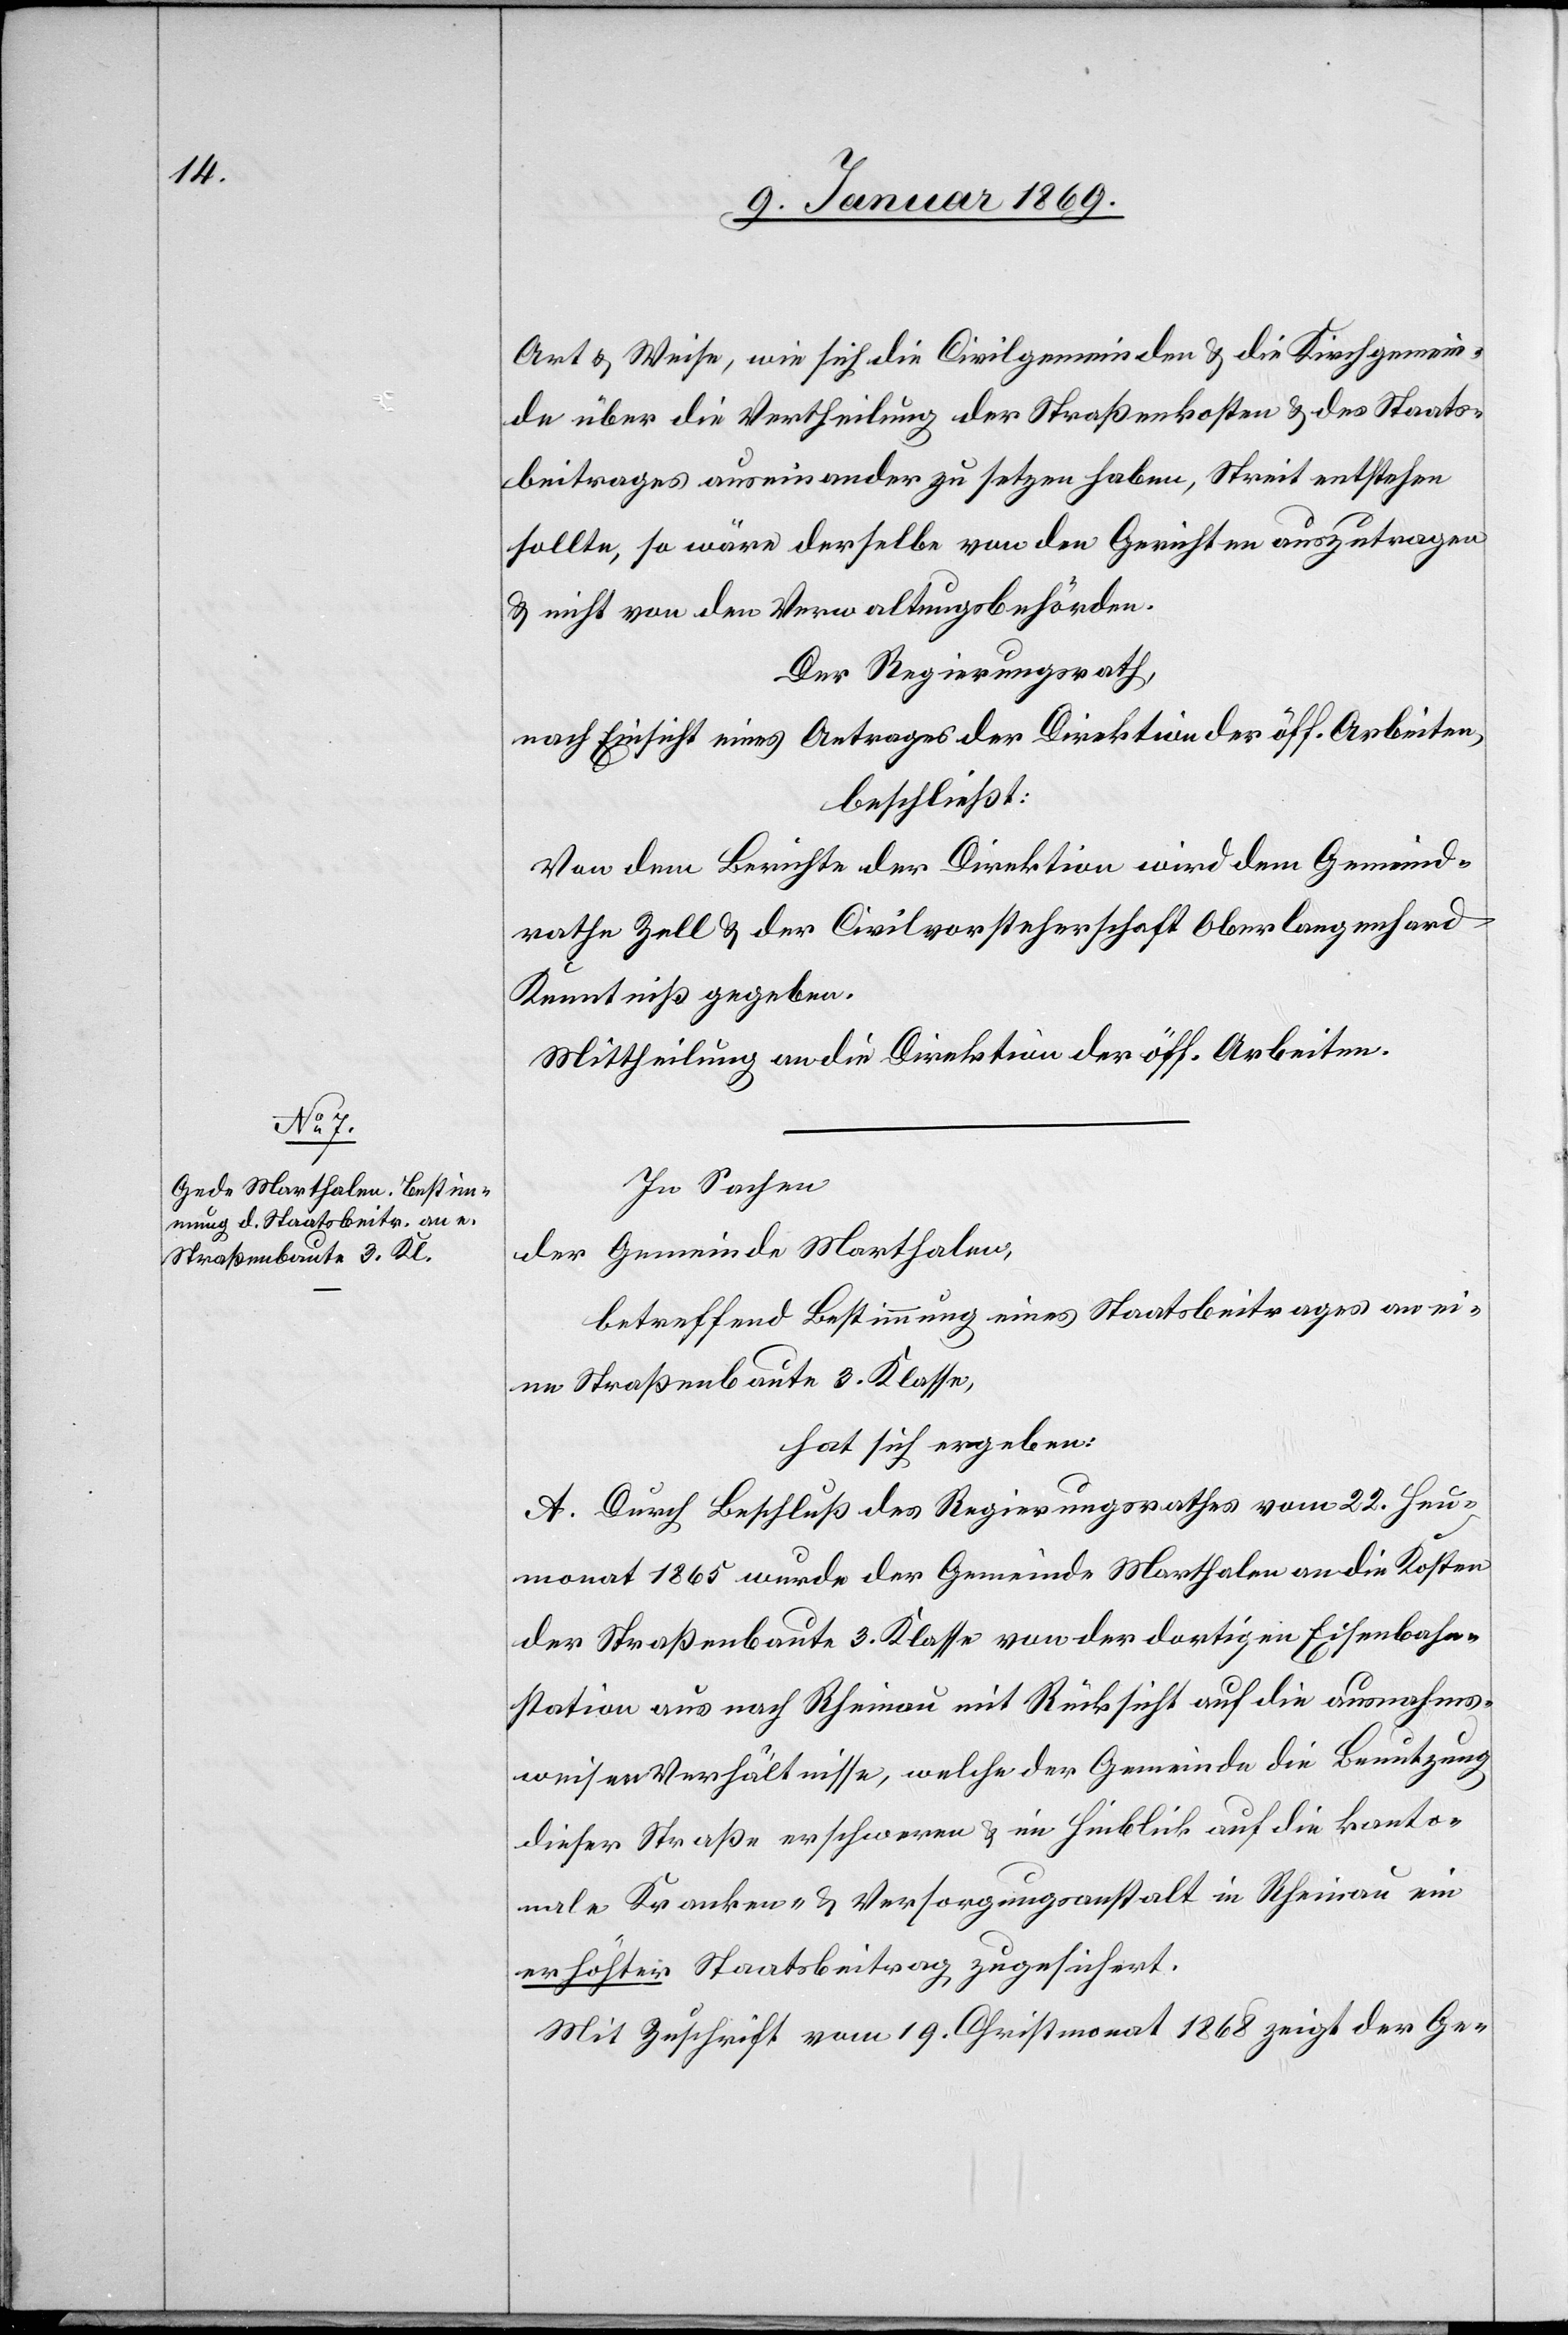
Art & Weise, wie sich die Civilgemeinden & die Kirchgemein¬
de über die Vertheilung der Staatskosten & des Staats¬
beitrages auseinander zu setzen haben, Streit entstehen
sollte, so wäre derselbe von den Gerichten auszutragen
& nicht von den Verwaltungsbehörden.
Der Regierungsrath,
nach Einsicht eines Antrages der Direktion der öff. Arbeiten,
beschließt:
Von dem Berichte der Direktion wird dem Gemeind¬
rathe Zell & der Civilvorsteherschaft Oberlangenhard
Kenntniß gegeben.
Mittheilung an die Direktion der öff. Arbeiten.
In Sachen
der Gemeinde Marthalen,
betreffend Bestimmung eines Staatsbeitrages an ei¬
ne Straßenbaute 3. Klasse,
hat sich ergeben:
A. Durch Beschluß des Regierungsrathes vom 22. Heu¬
monat 1865 wurde der Gemeinde Marthalen an die Kosten
der Straßenbaute 3. Klasse von der dortigen Eisenbahn¬
station aus nach Rheinau mit Rücksicht auf die ausnahms¬
weisen Verhältnisse, welche der Gemeinde die Benutzung
dieser Straße erschweren & im Hinblick auf die kanto¬
nale Kranken- & Versorgungsanstalt in Rheinau ein
erhöhter Staatsbeitrag zugesichert.
Mit Zuschrift vom 19. Christmonat 1868 zeigt der Ge-